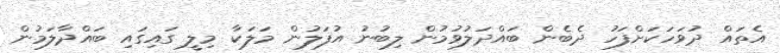
އެތައް ދުވަހަކަށްފަހު ދެބެން ބައްދަލުވުމުން ލިބުނު އުފަލުން މަލަކާ މިލީ ގައިގައި ބައްދާލަމުން